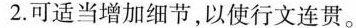
2.可适当增加细节，以使行文连贯。